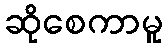
ဆိုစေကာမူ